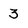
Character: 3